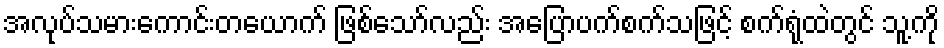
အလုပ်သမားကောင်းတယောက် ဖြစ်သော်လည်း အပြောပက်စက်သဖြင့် စက်ရုံထဲတွင် သူ့ကို